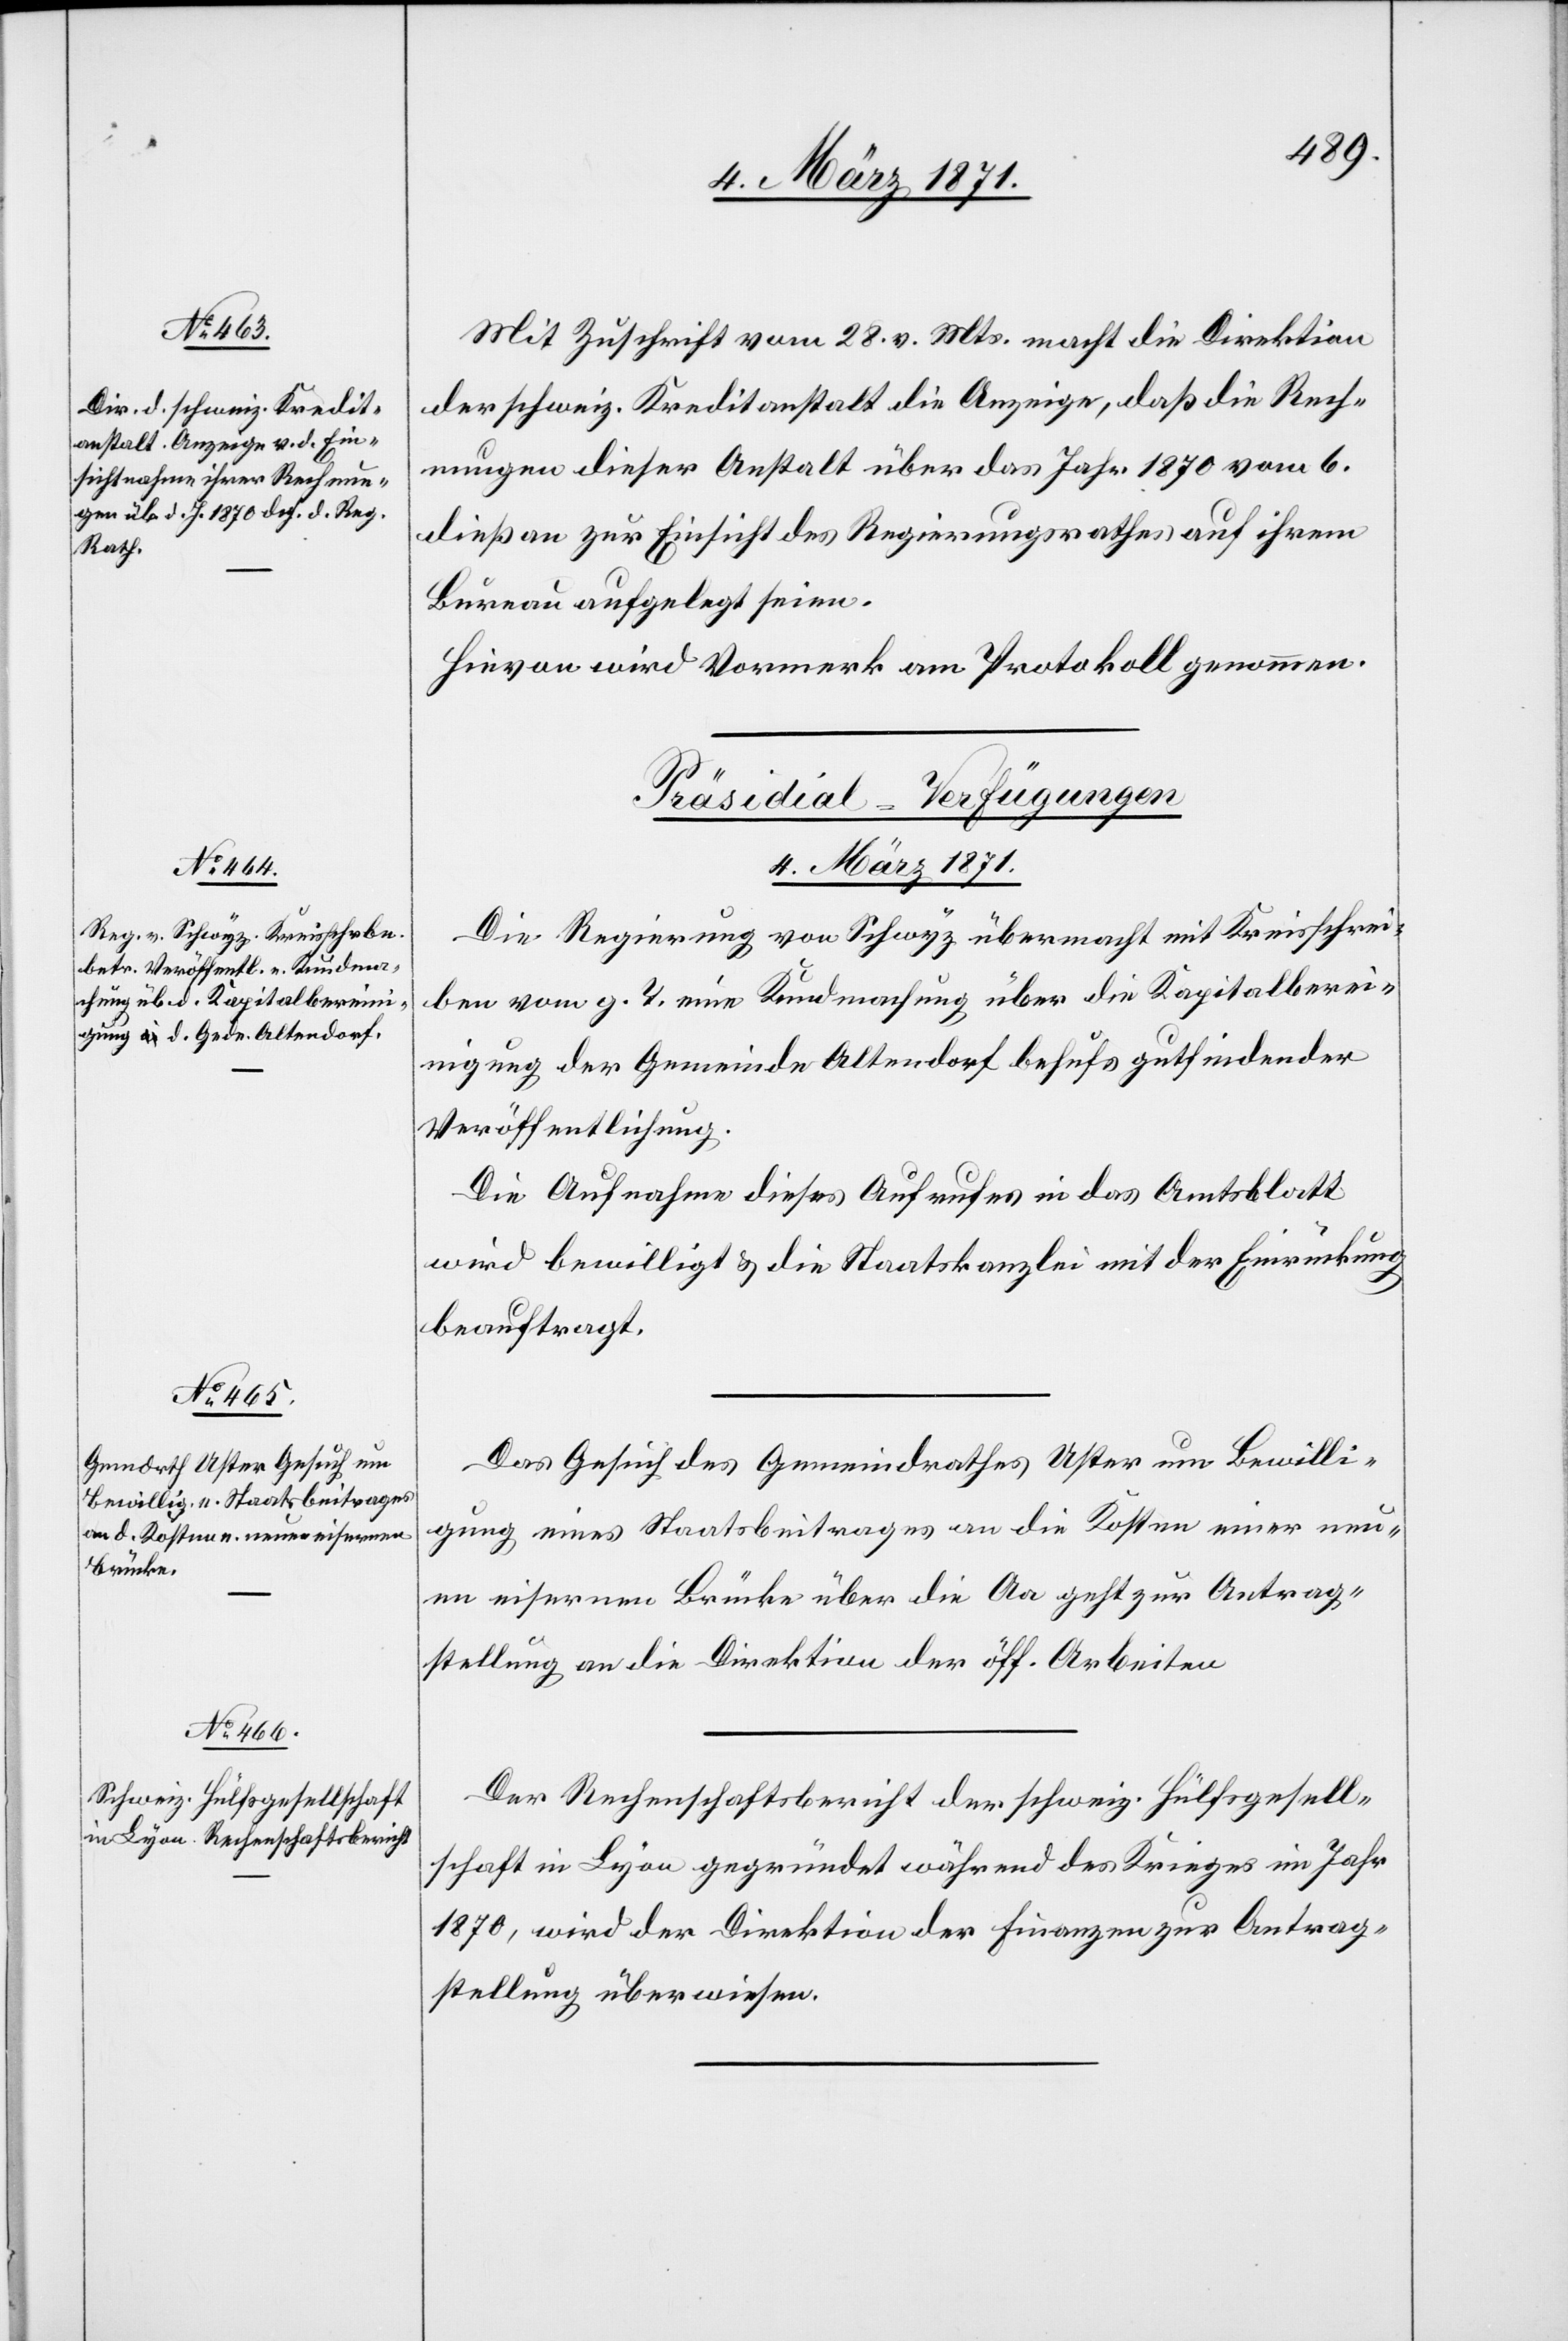
04. März 1871.]
Mit Zuschrift vom 28. v. Mts. macht die Direktion
der schweiz. Kreditanstalt die Anzeige, daß die Rech¬
nungen dieser Anstalt über das Jahr 1870 vom 6.
dieß an zur Einsicht des Regierungsrathes auf ihrem
Bureau aufgelegt seien.
Hievon wird Vormerk am Protokoll genommen.
[Präsidial-Verfügungen
04. März 1871.
Die Regierung von Schwyz übermacht mit Kreisschrei¬
ben vom g. T. eine Kundmachung über die Kapitalbere¬
inigung der Gemeinde Altendorf behufs gutfindender
Veröffentlichung.
Die Aufnahme dieses Aufrufes in das Amtsblatt
wird bewilligt u. die Staatskanzlei mit der Einrückung
beauftragt.
Das Gesuch des Gemeindrathes Uster um Bewilli¬
gung eines Staatsbeitrages an die Kosten einer neu¬
en eisernen Brücke über die Aa geht zur Antrag¬
stellung an die Direktion der öff. Arbeiten.
Der Rechenschaftsbericht der schweiz. Hülfsgesell¬
schaft in Lyon gegründet während des Krieges im Jahr
1870, wird der Direktion der Finanzen zur Antrag¬
stellung überwiesen.